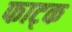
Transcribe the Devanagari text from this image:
फाट्क